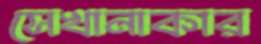
সেখানাকার